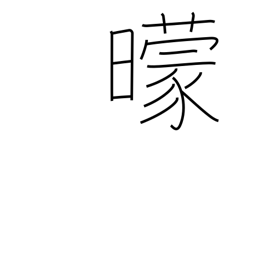
Meaning: darkness